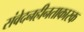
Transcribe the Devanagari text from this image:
संवेदनहीनताकारक